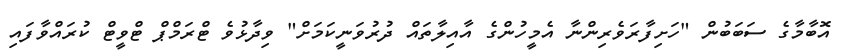
އޮބާމާގެ ސަބަބުން "ހަށިފާރަވެރިންނާ އެމީހުންގެ އާއިލާތައް ދުރުވަނީކަމަށް" ވިދާޅުވެ ޓްރަމްޕް ޓްވީޓް ކުރައްވާފައި